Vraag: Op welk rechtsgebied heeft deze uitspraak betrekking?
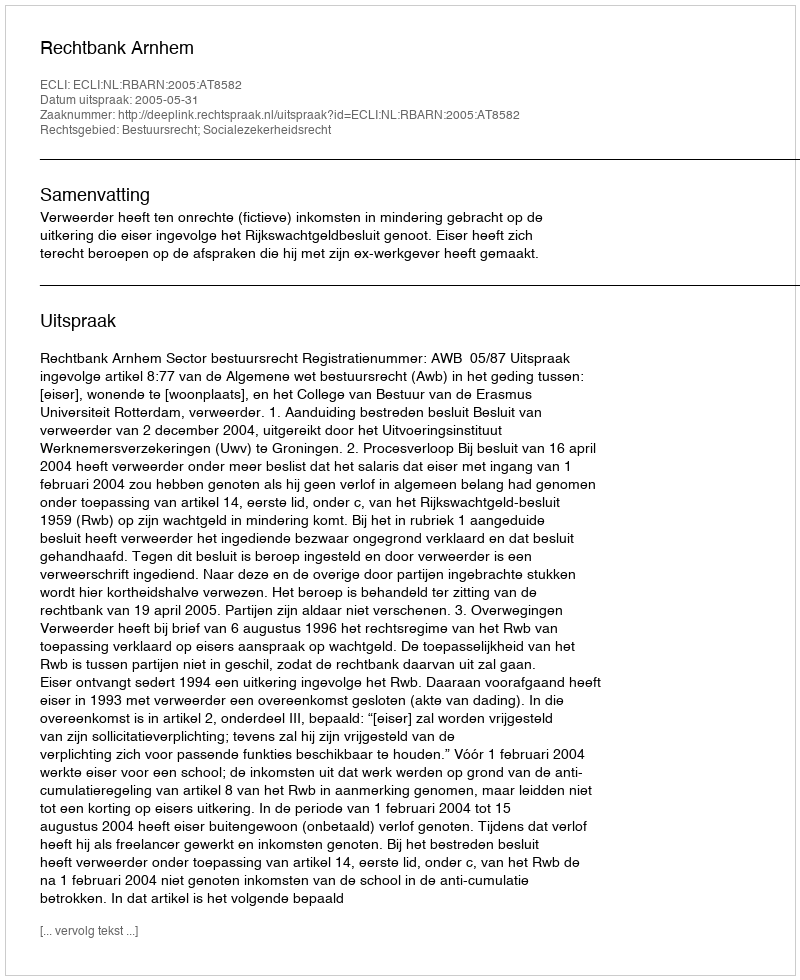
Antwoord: Bestuursrecht; Socialezekerheidsrecht